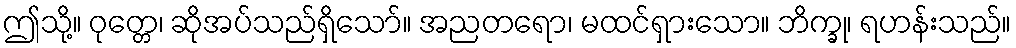
ဤသို့။ ဝုတ္တေ၊ ဆိုအပ်သည်ရှိသော်။ အညတရော၊ မထင်ရှားသော။ ဘိက္ခု၊ ရဟန်းသည်။